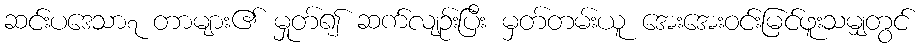
ဆင်းပဒေသာ၇ တာများ၏ မှုတ်၍ ဆက်လျဉ်းပြီး မှတ်တမ်းယူ အေးအေးဝင်းမြင်ဖူးသမျှတွင်